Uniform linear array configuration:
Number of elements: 24
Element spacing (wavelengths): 0.25
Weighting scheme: binomial
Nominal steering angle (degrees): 60
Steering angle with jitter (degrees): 59.142
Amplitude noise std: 0.05
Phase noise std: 0.05

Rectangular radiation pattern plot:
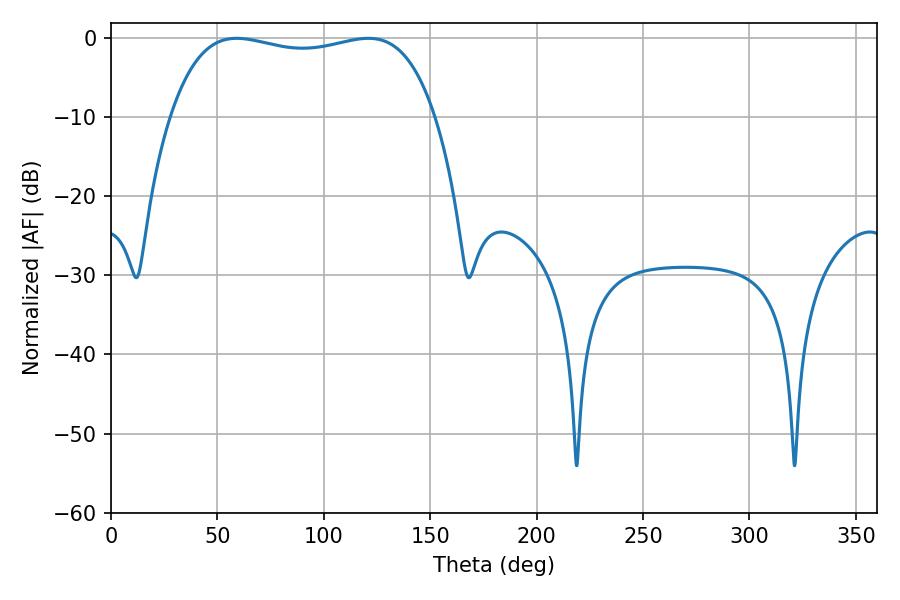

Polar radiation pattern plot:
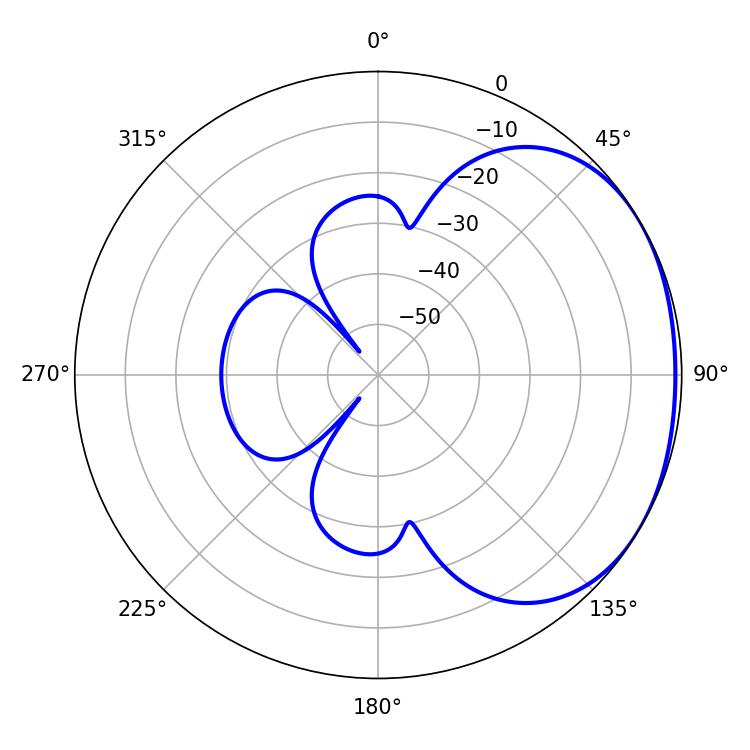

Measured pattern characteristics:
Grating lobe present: FALSE
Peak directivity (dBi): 1.603
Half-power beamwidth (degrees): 100.44
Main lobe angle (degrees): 59.04